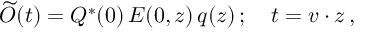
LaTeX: \widetilde O ( t ) = Q ^ { * } ( 0 ) \, E ( 0 , z ) \, q ( z ) \, ; \quad t = v \cdot z \, ,